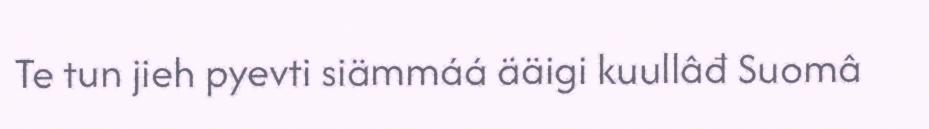
Te tun jieh pyevti siämmáá ääigi kuullâđ Suomâ